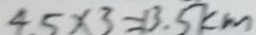
4 5 \times 3 = 1 3 . 5 k m